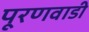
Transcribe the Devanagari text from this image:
पूरणवाडी